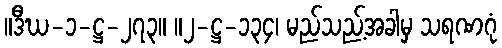
။ဒီဃ-၁-ဋ္ဌ-၂၇၃။ ။၂-ဋ္ဌ-၁၃၄၊ မည်သည့်အခါမှ သရဏဂုံ